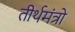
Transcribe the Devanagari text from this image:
तीर्थमंत्रो